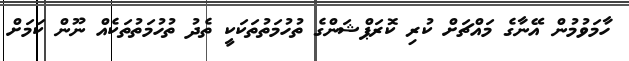
ހާމަވުމުން އޭނާގެ މައްޗަށް ކުރި ކޮރަޕްޝަންގެ ތުހުމަތުތަކަކީ ތެދު ތުހުމަތުތަކެއް ނޫން ކަމަށް